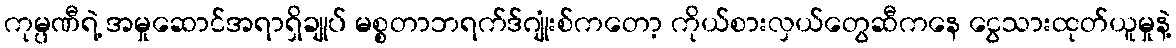
ကုမ္ပဏီရဲ့ အမှုဆောင်အရာရှိချုပ် မစ္စတာဘရက်ဒ်ဂျုံးစ်ကတော့ ကိုယ်စားလှယ်တွေဆီကနေ ငွေသားထုတ်ယူမှုနဲ့